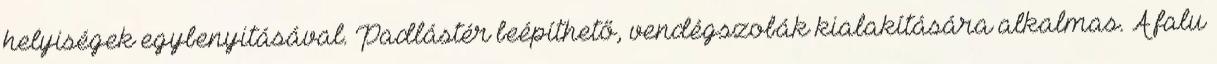
helyiségek egybenyitásával. Padlástér beépíthető, vendégszobák kialakítására alkalmas. A falu